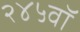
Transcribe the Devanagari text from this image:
२४५वॉ